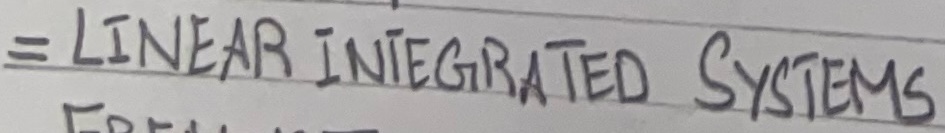
Text: = LINEAR INTEGRATED SYSTEMS